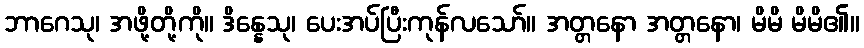
ဘာဂေသု၊ အဖို့တို့ကို။ ဒိန္နေသု၊ ပေးအပ်ပြီးကုန်လသော်။ အတ္တနော အတ္တနော၊ မိမိ မိမိ၏။